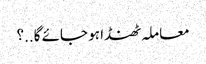
معاملہ ٹھنڈا ہو جائے گا..؟